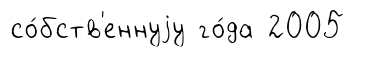
со́бств'еннуjу го́да 2005